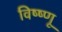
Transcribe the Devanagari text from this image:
विष्ष्णू